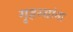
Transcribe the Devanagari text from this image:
गृहस्थांना